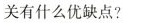
关有什么优缺点?